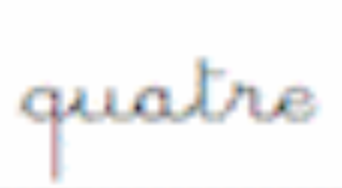
quatre